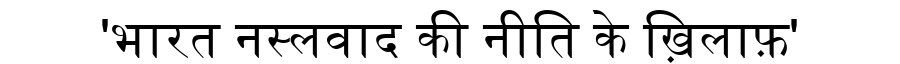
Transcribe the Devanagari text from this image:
'भारत नस्लवाद की नीति के ख़िलाफ़'